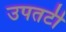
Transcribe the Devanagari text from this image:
उपतटी